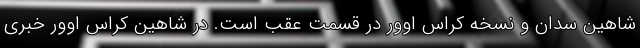
شاهین سدان و نسخه کراس اوور در قسمت عقب است. در شاهین کراس اوور خبری